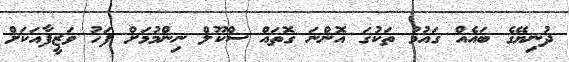
ދުނިޔޭގެ ބައެއް ގައުމު ތަކުގަ އޮންނަ ގޮތައް ސްކޫލް ނިންމުމަށް ފަހު ވަޒީފާއަކަށް